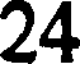
24